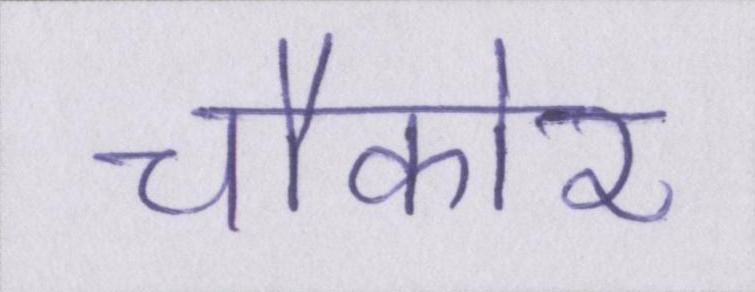
चौकोर